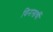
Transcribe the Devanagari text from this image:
विनाखर्ची